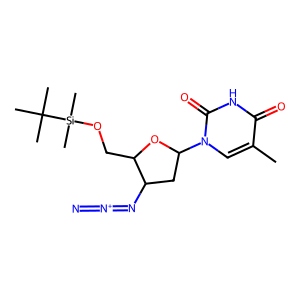
SMILES: Cc1cn(C2CC(N=[N+]=[N-])C(CO[Si](C)(C)C(C)(C)C)O2)c(=O)[nH]c1=O
Inhibits HIV replication: Yes